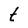
Character: t